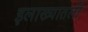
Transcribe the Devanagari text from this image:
इलाख्यातली